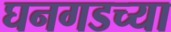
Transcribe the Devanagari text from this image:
घनगडच्या